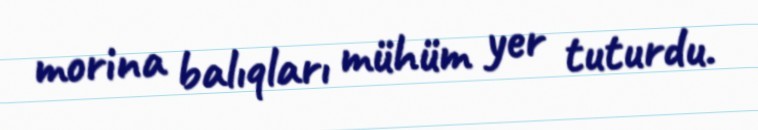
morina balıqları mühüm yer tuturdu.